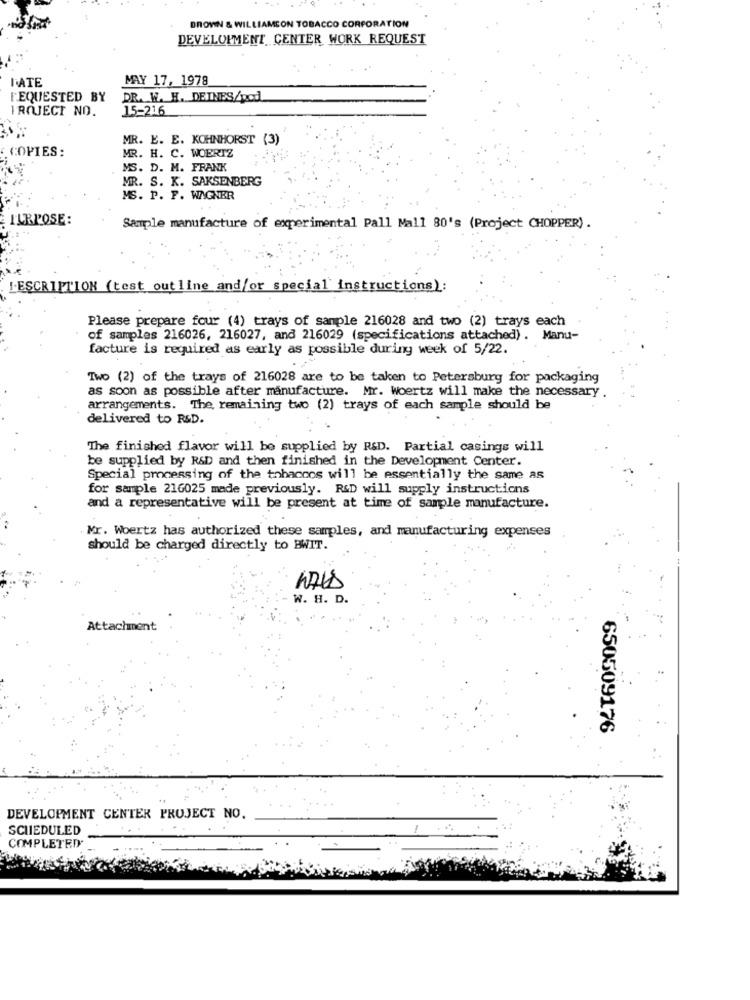
DROVIN & WILLIAMCON TOBACCO CORPORATION
DEVELOPMENT CENTER WORK REQUEST
LATE
MAY 17, 1978
REQUESTED BY
DR. W. H. DEINES/pod
PROJECT NO.
15-216
MR. E. E. KOHNHORST (3)
COPIES :
MR. H. C. WOERTZ
MS. D. M. FRANK
MR. S. K. SAKSENBERG
MS. P. F. WAGNER
ILRPOSE:
Sample manufacture of experimental Pall Mall 80's (Project CHOPPER).
L.ESCRIPTION (test outline and/or special instructions):
Please prepare four (4) trays of sample 216028 and two (2) trays each
of samples 216026, 216027, and 216029 (specifications attached) . Manu-
facture is required as early as possible during week of 5/22.
Two (2) of the trays of 216028 are to be taken to Petersburg for packaging
as soon as possible after manufacture. Mr. Woertz will make the necessary
arrangements. The, remaining two (2) trays of each sample should be
delivered to R&D.
The finished flavor will be supplied by R&D. Partial casings will
be supplied by R&D and then finished in the Development Center.
Special processing of the tobaccos will be essentially the same as
for sample 216025 made previously. R&D will supply instructions
and a representative will be present at time of sample manufacture.
Mr. Woertz has authorized these samples, and manufacturing expenses
should be charged directly to BWIT.
W. H. D.
Attachment
650509176
DEVELOPMENT CENTER PROJECT NO.
SCHEDULED
COMPLETED